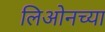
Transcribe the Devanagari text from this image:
लिओनच्या